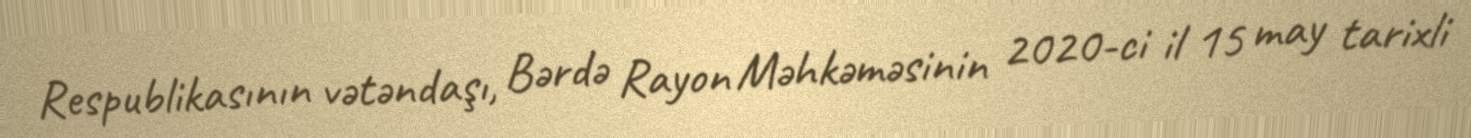
Respublikasının vətəndaşı, Bərdə Rayon Məhkəməsinin 2020-ci il 15 may tarixli